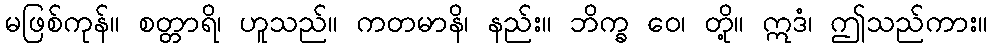
မဖြစ်ကုန်။ စတ္တာရိ၊ ဟူသည်။ ကတမာနိ၊ နည်း။ ဘိက္ခ ဝေ၊ တို့။ ဣဒံ၊ ဤသည်ကား။